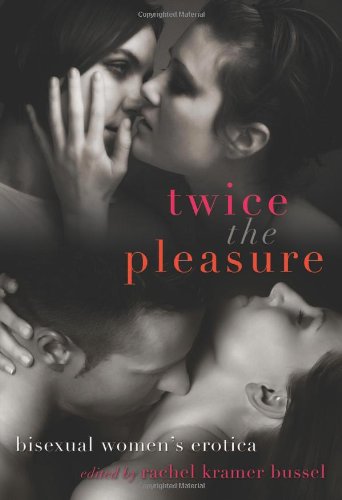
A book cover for Twice the Pleasure: Bisexual Women's Erotica; Romance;